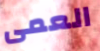
العمى